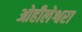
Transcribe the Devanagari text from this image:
ओहीलेश्वरा